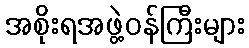
အစိုးရအဖွဲ့ဝန်ကြီးများ